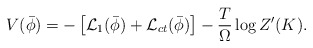
\begin{align*}V(\bar{\phi})=- \left[{\cal L}_{1}(\bar{\phi})+{\cal L}_{ct}(\bar{\phi}) \right]-\frac{T}{\Omega}\log Z'(K).\end{align*}